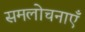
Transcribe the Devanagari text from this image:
समलोचनाएँ